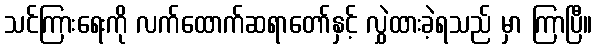
သင်ကြားရေးကို လက်ထောက်ဆရာတော်နှင့် လွှဲထားခဲ့ရသည် မှာ ကြာပြီ။